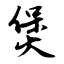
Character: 煲